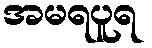
အမရပူရ